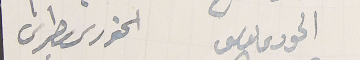
الحورى ىوسف               الخورى بطرس